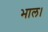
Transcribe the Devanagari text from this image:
भाल।